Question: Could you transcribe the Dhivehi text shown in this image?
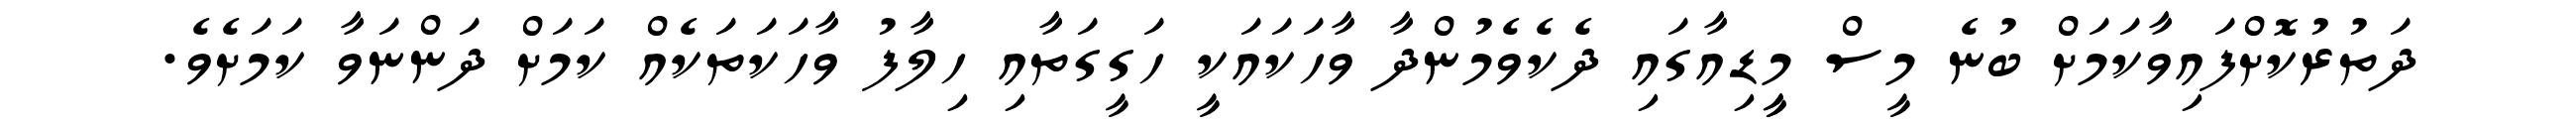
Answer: ދަތުރުކޮށްފައިވާކަމަށް ބުނެ މީސް މީީޑިއާގައި ދެކެވެމުންދާ ވާހަކައަކީ ހަގީގަތާއި ހިލާފު ވާހަކަތަކެއް ކަމަށް ދަންނަވާ ކަމަށެވެ.